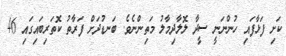
ކަށި ފަޅާފައި ހުންނަނީ ސީދާ ލޮލާދިމާލު މަތިންނެވެ. ބަނޑުދަށް ފަރާތު ކޮތަރިބައިގައި 46